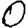
Digit: 0